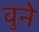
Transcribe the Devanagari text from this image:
वुने